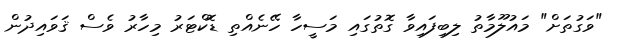
"ވަގުތަށް" މައުލޫމާތު ލިބިފައިވާ ގޮތުގައި މަސީހާ ހޭނެއްތި ޑޮކްޓަރު މިހާރު ވެސް ޤަވައިދުން